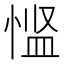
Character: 𪬌